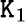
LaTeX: \mathtt{K}_{1}